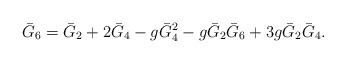
LaTeX: \begin{align*}\bar{G} _6=\bar{G} _2 + 2 \bar{G} _4 -g \bar{G} _4^2-g\bar{G} _2 \bar{G} _6 + 3 g \bar{G}_ 2 \bar{G} _4.\end{align*}